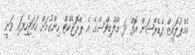
އެމްޕުލޮއީޒް ފެޑެރޭޝަން އޮފް ދަ މޯލްޑިވްސްގެ އެ ޕްރޮޖެކްޓް ހިންގުމަށް ހަމަޖެހިފައި ވަނީ